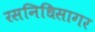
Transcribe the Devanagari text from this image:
रसनिधिसागर